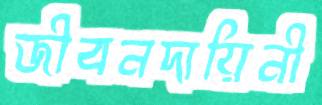
জীবনদায়িনী